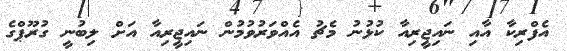
އެފްރިކާ އާއި ނައިޖީރިއާ ކުޅުނު މެޗު އެއްވަރުވުމުން ނައިޖީރިއާ އަށް ލިބުނީ ގުރޫޕްގެ